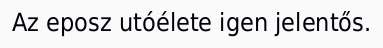
Az eposz utóélete igen jelentős.